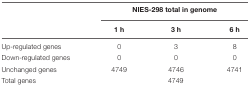
<table><thead><tr><td></td><td colspan="3"><b>NIES-298 total in genome</b></td></tr><tr><td></td><td><b>1 h</b></td><td><b>3 h</b></td><td><b>6 h</b></td></tr></thead><tbody><tr><td>Up-regulated genes</td><td>0</td><td>3</td><td>8</td></tr><tr><td>Down-regulated genes</td><td>0</td><td>0</td><td>0</td></tr><tr><td>Unchanged genes</td><td>4749</td><td>4746</td><td>4741</td></tr><tr><td>Total genes</td><td colspan="3">4749</td></tr></tbody></table>